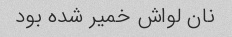
نان لواش خمیر شده بود